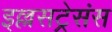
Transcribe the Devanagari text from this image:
इल्लसट्रेसंस